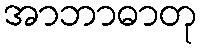
အာဘာဓာတု